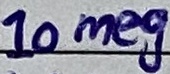
Text: 10meg